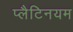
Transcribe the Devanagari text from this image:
प्लैटिनयम